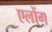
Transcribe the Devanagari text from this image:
एलोंग